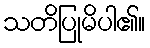
သတိပြုမိပါ၏။